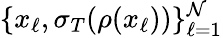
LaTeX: \{ x_{\ell},\sigma_{T}(\rho(x_{\ell}))\} _{\ell=1}^{\mathcal{N}}